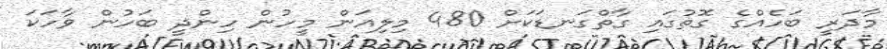
މާދަރީ ބަހެއްގެ ގޮތުގައި ގާތްގަނޑަކަށް 480 މިލިއަން މީހުން ހިންދީ ބަހުން ވާހަކަ